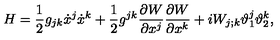
H = \frac { 1 } { 2 } g _ { j k } \dot { x } ^ { j } \dot { x } ^ { k } + \frac { 1 } { 2 } g ^ { j k } \frac { \partial W } { \partial x ^ { j } } \frac { \partial W } { \partial x ^ { k } } + i W _ { j ; k } \vartheta _ { 1 } ^ { j } \vartheta _ { 2 } ^ { k } ,